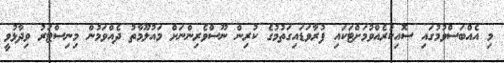
މި އެއްބަސްވުމުގައި ސޮއިކުރެއްވުމަށްޓަކައި ފުރާވަޑައިގަތުމުގެ ކުރިން ނޫސްވެރިންނަށް މައުލޫމާތު ދެއްވަމުން މިނިސްޓަރު ވިދާޅުވީ